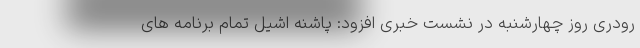
رودری روز چهارشنبه در نشست خبری افزود: پاشنه اشیل تمام برنامه های